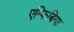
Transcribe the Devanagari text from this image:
एम्फिबिया